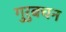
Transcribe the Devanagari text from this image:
गुरुबचन